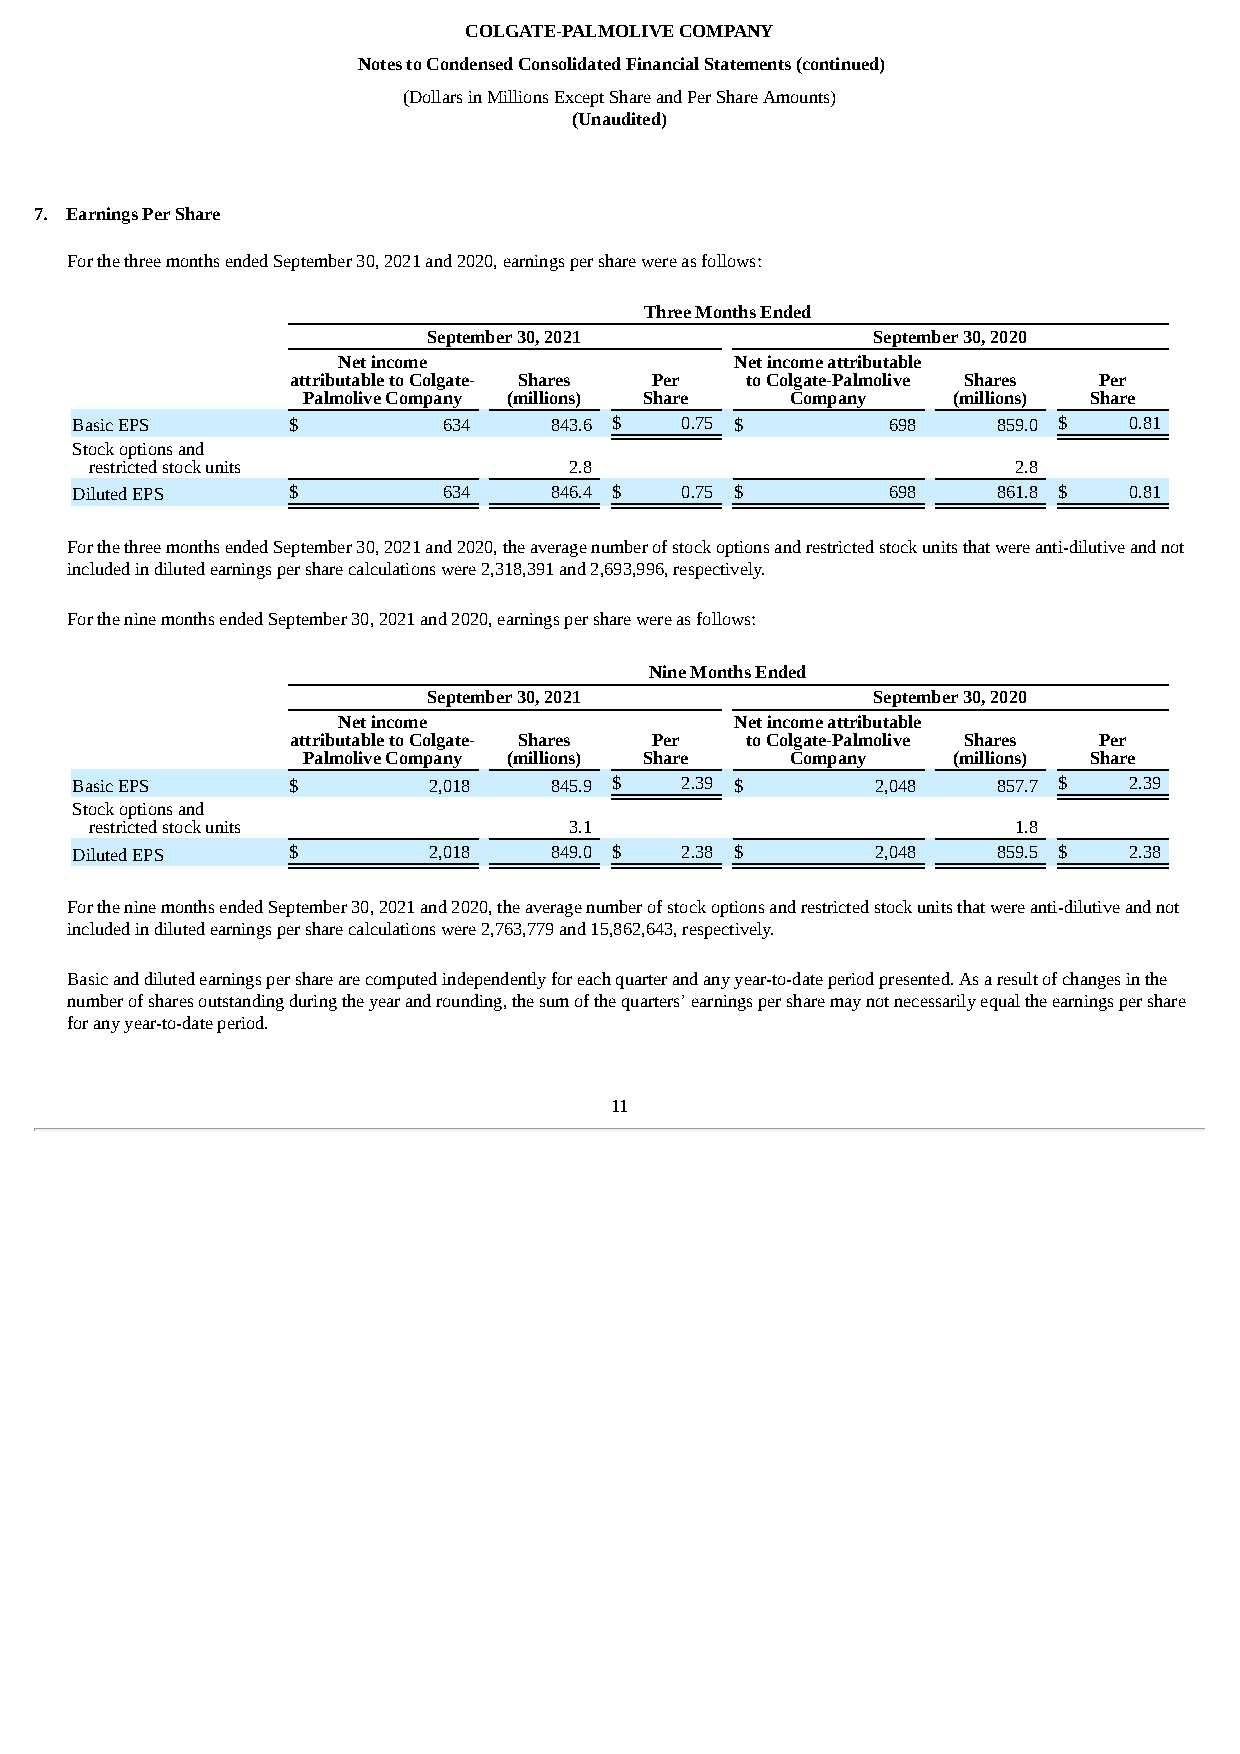
COLGATE-PALMOLIVE COMPANY
 Notes to Condensed Consolidated Financial Statements (continued)
 (Dollars in Millions Except Share and Per Share Amounts)
 (Unaudited)
 7. Earnings Per Share
 For the three months ended September 30, 2021 and 2020, earnings per share were as follows:
 Three Months Ended
 September 30, 2021            September 30, 2020
 Net income                 Net income attributable
 attributable to Colgate- Shares Per to Colgate-Palmolive Shares Per
 Palmolive Company (millions) Share Company (millions) Share
 Basic EPS     $         634    843.6 $  0.75 $        698    859.0 $  0.81
 Stock options and
 restricted stock units          2.8                          2.8
 Diluted EPS   $         634    846.4 $  0.75 $        698    861.8 $  0.81
 For the three months ended September 30, 2021 and 2020, the average number of stock options and restricted stock units that were anti-dilutive and not
 included in diluted earnings per share calculations were 2,318,391 and 2,693,996, respectively.
 For the nine months ended September 30, 2021 and 2020, earnings per share were as follows:
 Nine Months Ended
 September 30, 2021            September 30, 2020
 Net income                 Net income attributable
 attributable to Colgate- Shares Per to Colgate-Palmolive Shares Per
 Palmolive Company (millions) Share Company (millions) Share
 Basic EPS     $        2,018   845.9 $  2.39 $       2,048   857.7 $  2.39
 Stock options and
 restricted stock units          3.1                          1.8
 Diluted EPS   $        2,018   849.0 $  2.38 $       2,048   859.5 $  2.38
 For the nine months ended September 30, 2021 and 2020, the average number of stock options and restricted stock units that were anti-dilutive and not
 included in diluted earnings per share calculations were 2,763,779 and 15,862,643, respectively.
 Basic and diluted earnings per share are computed independently for each quarter and any year-to-date period presented. As a result of changes in the
 number of shares outstanding during the year and rounding, the sum of the quarters’ earnings per share may not necessarily equal the earnings per share
 for any year-to-date period.
 11